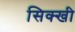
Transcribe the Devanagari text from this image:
सिक्खी